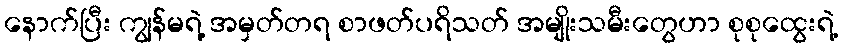
နောက်ပြီး ကျွန်မရဲ့ အမှတ်တရ စာဖတ်ပရိသတ် အမျိုးသမီးတွေဟာ စုစုထွေးရဲ့